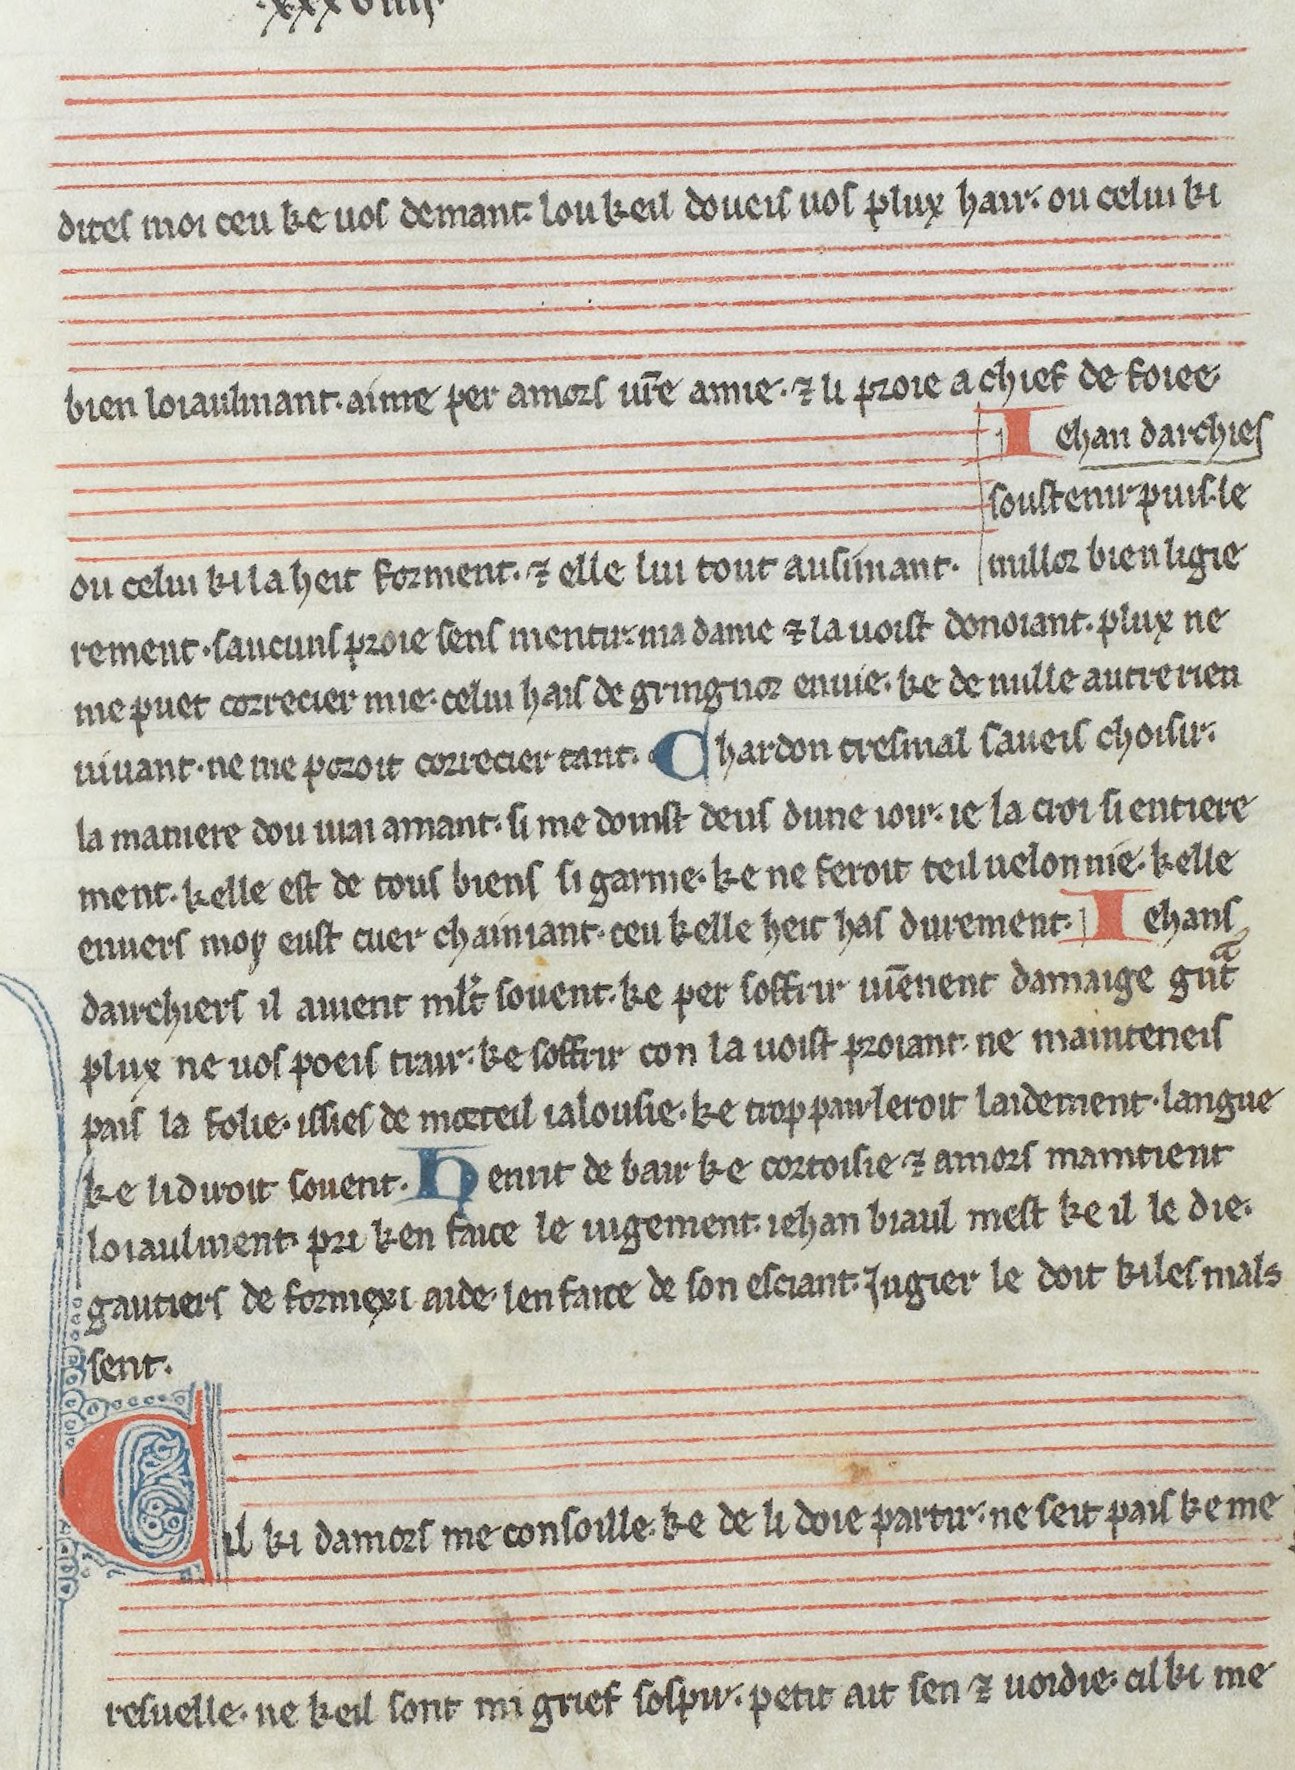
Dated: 1275–1299